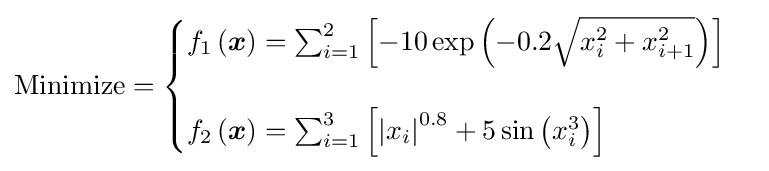
{\text{Minimize}}={\begin{cases}f_{1}\left({\boldsymbol {x}}\right)=\sum _{i=1}^{2}\left[-10\exp \left(-0.2{\sqrt {x_{i}^{2}+x_{i+1}^{2}}}\right)\right]\\&\\f_{2}\left({\boldsymbol {x}}\right)=\sum _{i=1}^{3}\left[\left|x_{i}\right|^{0.8}+5\sin \left(x_{i}^{3}\right)\right]\\\end{cases}}